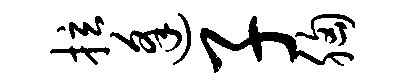
拉逢子胸